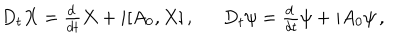
\begin{array} { c c } { { D _ { t } X = \frac { d \, } { d t } X + i [ A _ { 0 } , X ] \, , ~ } } & { { ~ D _ { t } \psi = \frac { d \, } { d t } \psi + i A _ { 0 } \psi \, , } } \\ \end{array}